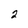
Character: 2